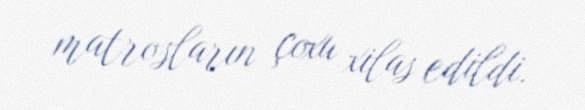
matrosların çoxu xilas edildi.